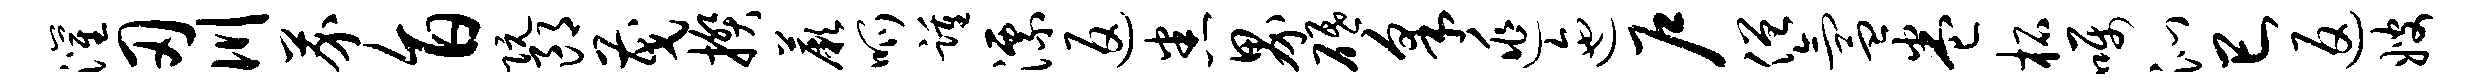
灌刃川芥旨阮郎茂揆蕨呱踵漂返悉界砥采逃迤户僧氲卷柘嘱沁巳返嫂